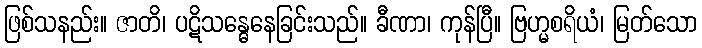
ဖြစ်သနည်း။ ဇာတိ၊ ပဋိသန္ဓေနေခြင်းသည်။ ခီဏာ၊ ကုန်ပြီ။ ဗြဟ္မစရိယံ၊ မြတ်သော